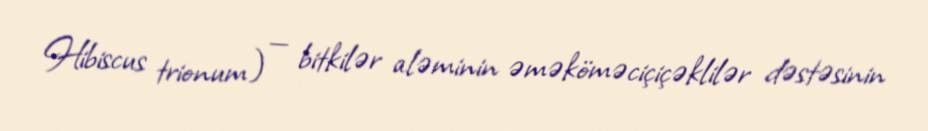
Hibiscus trionum) — bitkilər aləminin əməköməciçiçəklilər dəstəsinin